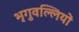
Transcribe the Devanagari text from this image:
भृगुवल्लियों